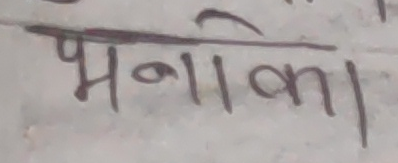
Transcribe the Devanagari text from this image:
भणाका